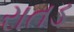
રાતડ